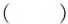
()